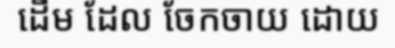
ដើម ដែល ចែកចាយ ដោយ